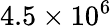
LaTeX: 4.5\times 10^{6}